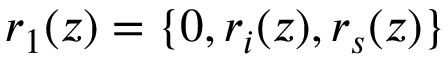
r _ { 1 } ( z ) = \{ 0 , r _ { i } ( z ) , r _ { s } ( z ) \}